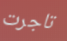
تاجرت